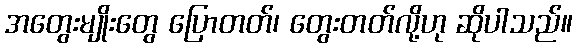
အတွေးမျိုးတွေ ပြောတတ်၊ တွေးတတ်လို့ဟု ဆိုပါသည်။